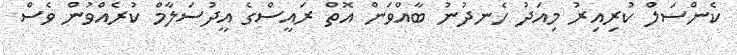
ކެންސަލް ކުރިއިރު މިއަދު ހެނދުނު ބާއްވަން އޮތް ރައީސްގެ އީދުސަލާމް ކުރެއްވުން ވެސް